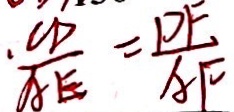
. \frac { C D } { A E } = \frac { D F } { A F }